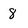
Character: 8